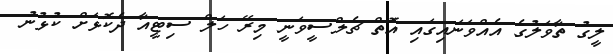
ލީގު ތާވަލުގެ އެއްވަނައިގައި އޮތް ޗެލްސީވަނީ މިރޭ ހަލް ސިޓީއާ ދެކޮޅަށް ކުޅުނު